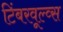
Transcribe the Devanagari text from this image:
टिंबरवूल्व्स